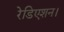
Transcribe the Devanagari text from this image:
रेडिएशन।